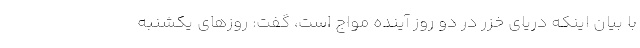
با بیان اینکه دریای خزر در دو روز آینده مواج است، گفت: روزهای یکشنبه